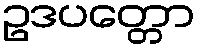
ဥဒပတ္တော